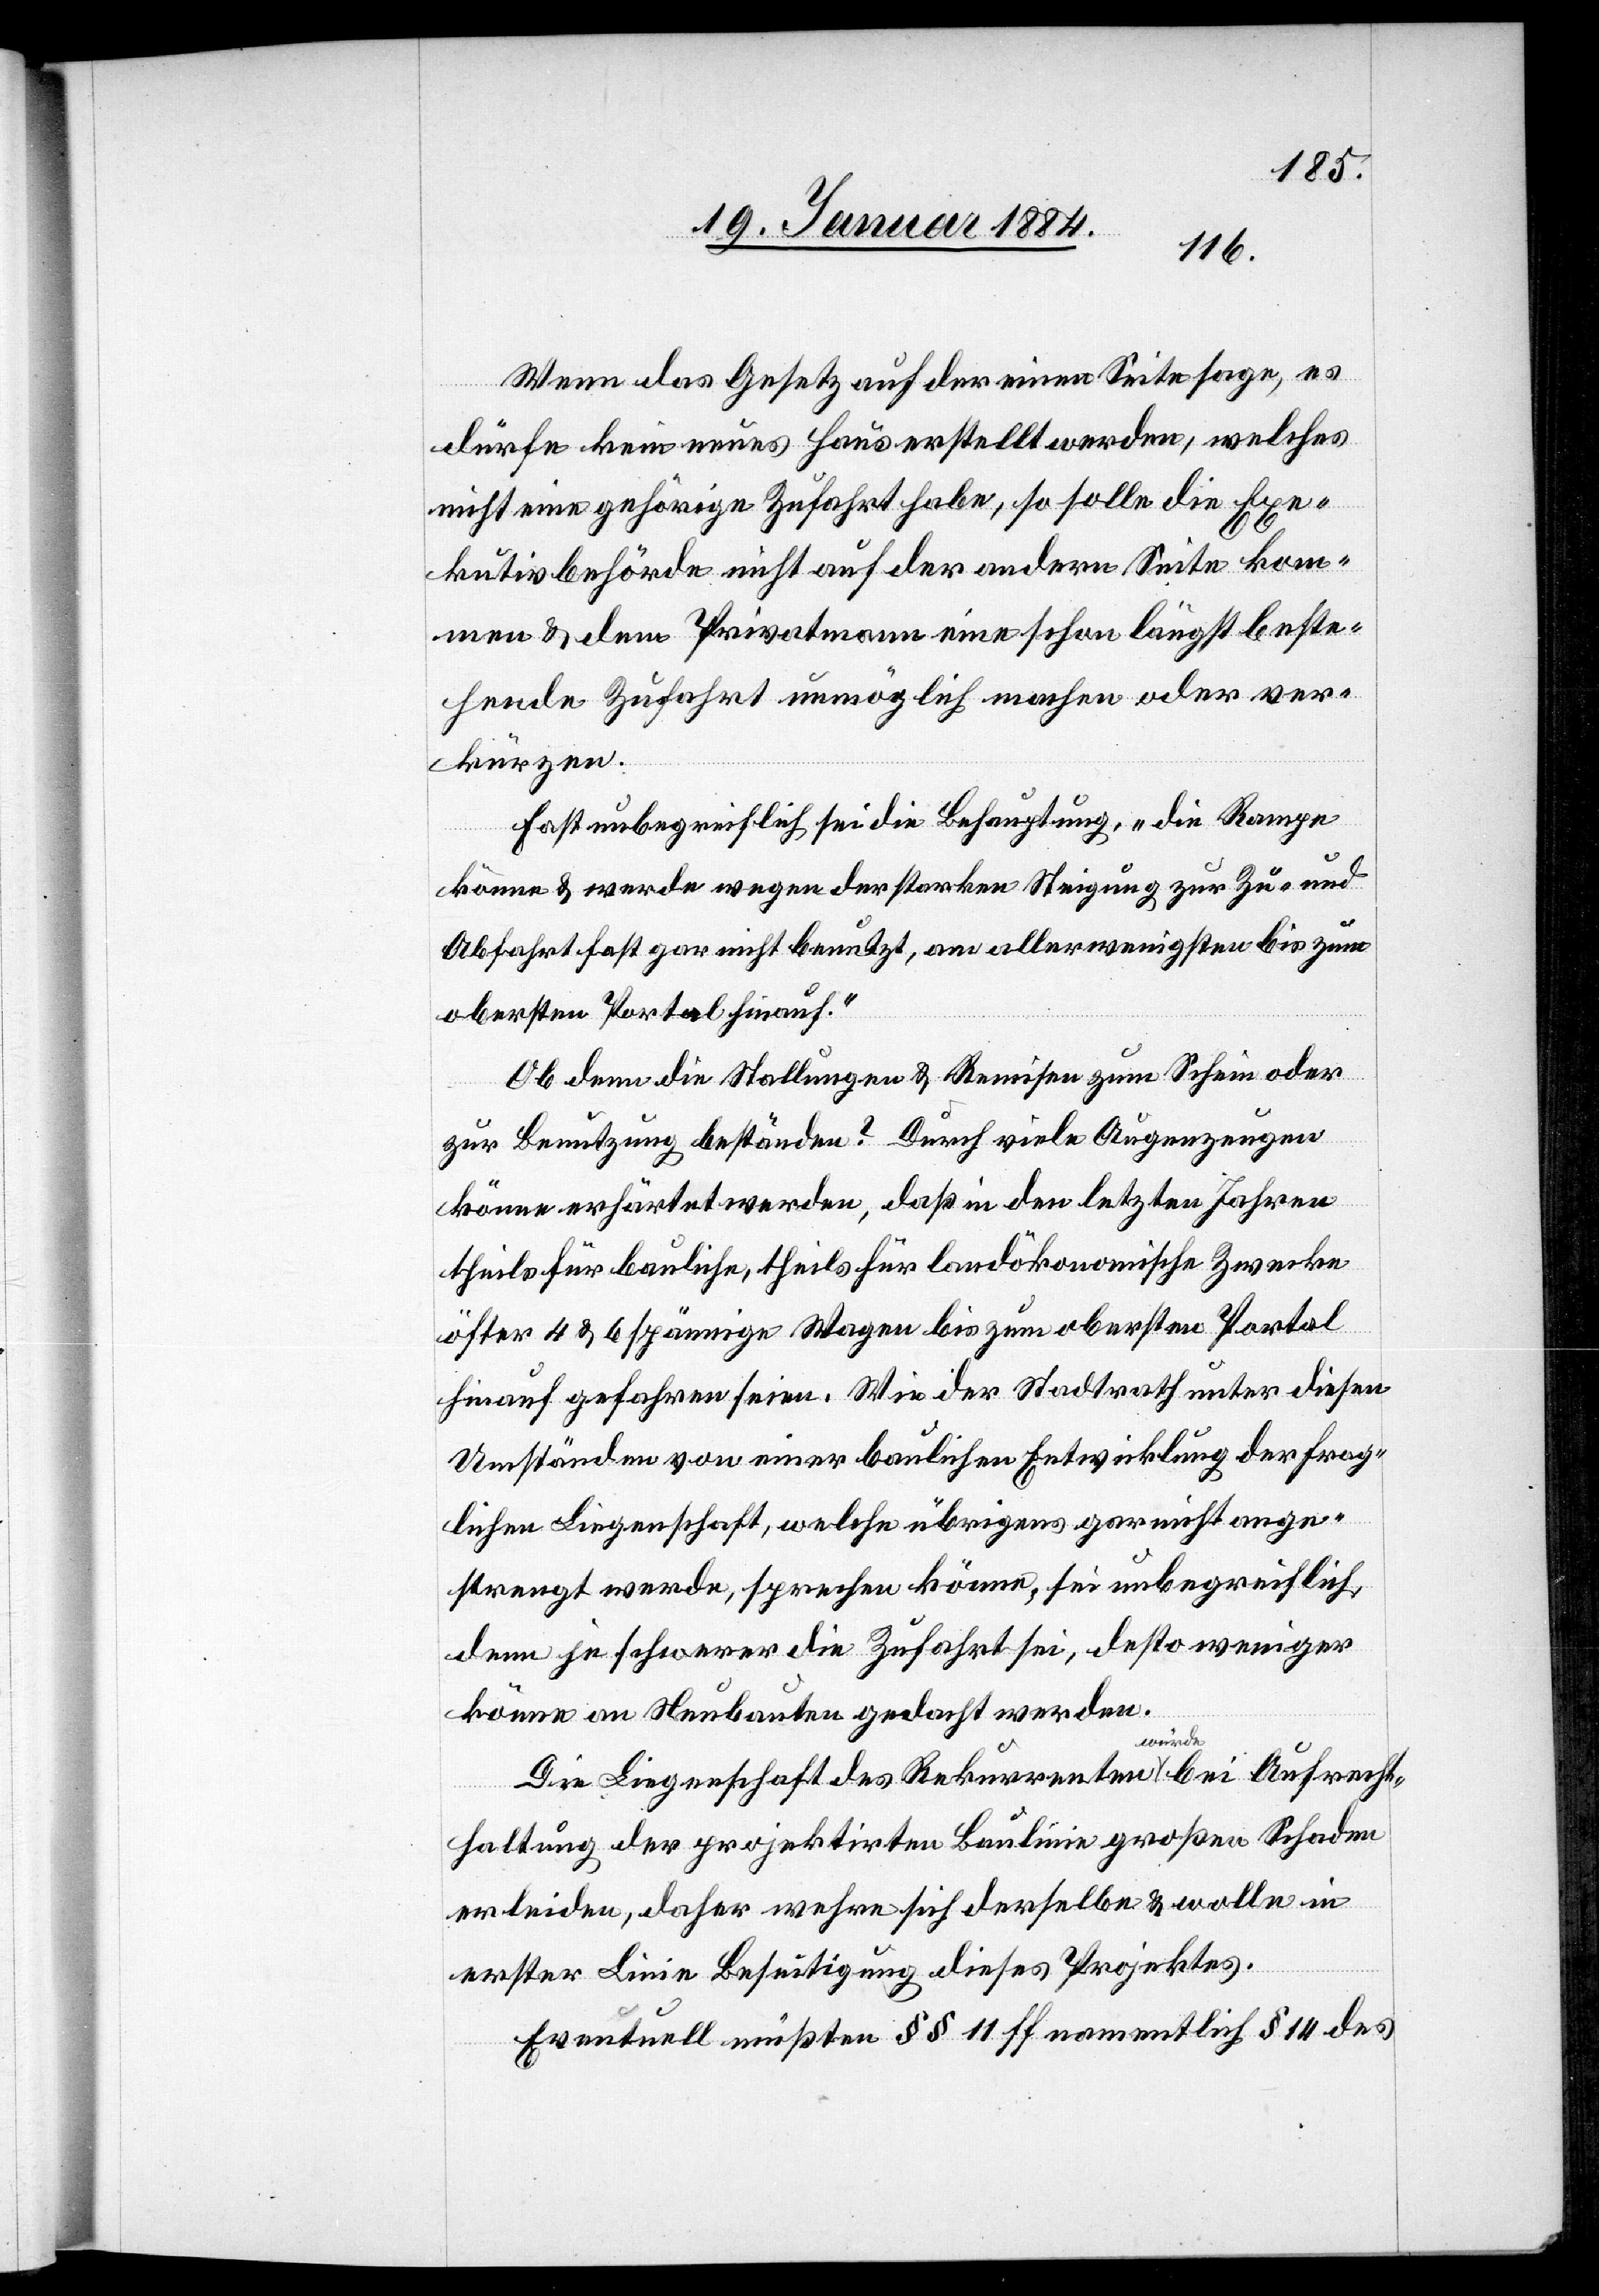
Wenn das Gesetz auf der einen Seite sage, es
dürfe kein neues Haus erstellt werden, welches
nicht eine gehörige Zufahrt habe, so solle die Exe¬
kutivbehörde nicht auf der andern Seite kom¬
men & dem Privatmann eine schon längst beste¬
hende Zufahrt unmöglich machen oder ver¬
kürzen.
Fast unbegreiflich sei die Behauptung, „die Rampe
könne & werde wegen der starken Steigung zur Zu- und
Abfahrt fast gar nicht benutzt, am allerwenigstens bis zum
obersten Portal hinauf.“
Ob denn die Stallungen & Remisen zum Schein oder
zur Benutzung beständen? Durch viele Augenzeugen
könne erhärtet werden, daß in den letzten Jahren
theils für bauliche, theils für landökonomische Zwecke
öfter 4 & 6 spännige Wagen bis zum obersten Portal
hinauf gefahren seien. Wie der Stadtrath unter diesen
Umständen von einer baulichen Entwicklung der frag¬
lichen Liegenschaft, welche übrigens gar nicht ange¬
strengt werde, sprechen könne, sei unbegreiflich,
denn je schwerer die Zufahrt sei, desto weniger
könne an Neubauten gedacht werden.
Die Liegenschaft des Rekurrenten würde bei Aufrechte¬
rhaltung der projektirten Baulinie großen Schaden
erleiden, daher wehre sich derselbe & wolle in
erster Linie Beseitigung dieses Projektes.
Eventuell müßten §§ 11 ff [und] namentlich § 14 des